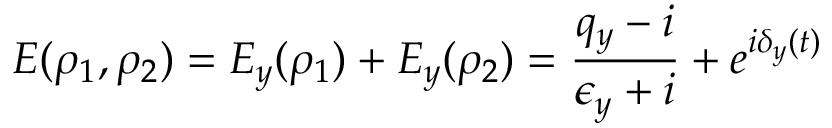
\centering E ( \rho _ { 1 } , \rho _ { 2 } ) = E _ { y } ( \rho _ { 1 } ) + E _ { y } ( \rho _ { 2 } ) = \frac { q _ { y } - i } { \epsilon _ { y } + i } + e ^ { i \delta _ { y } ( t ) }